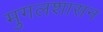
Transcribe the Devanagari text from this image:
मुगलशासन